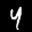
Label: 4